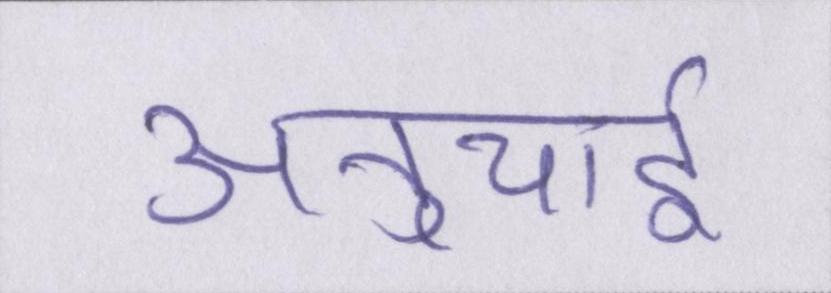
अनुयाई